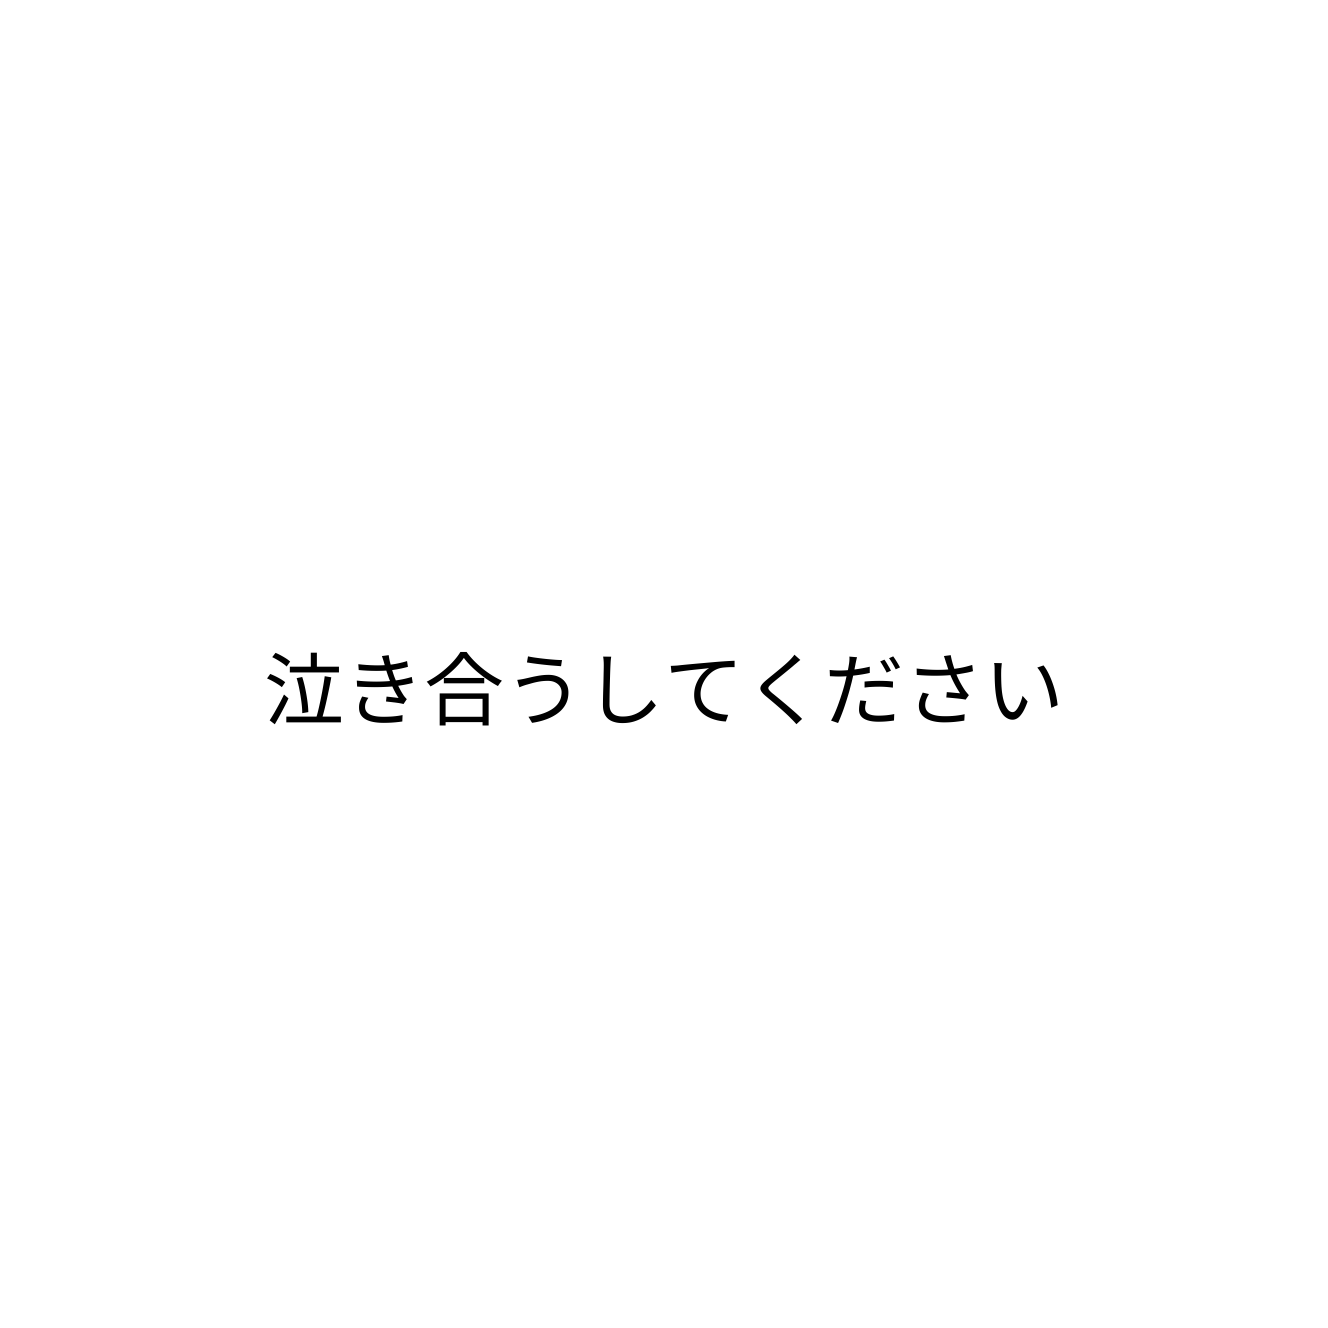
泣き合うしてください